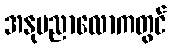
အနုပညာလောကတွင်